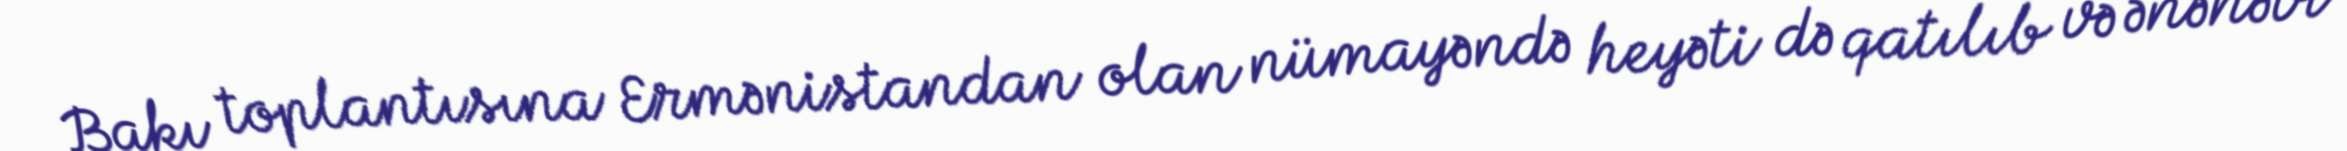
Bakı toplantısına Ermənistandan olan nümayəndə heyəti də qatılıb və ənənəvi